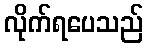
လိုက်ရပေသည်